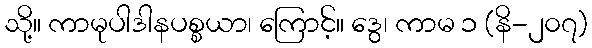
သို့။ ကာမုပါဒါနပစ္စယာ၊ ကြောင့်။ ဒွေ၊ ကာမ ၁ (နိ-၂၀၇)